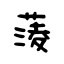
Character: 蔆